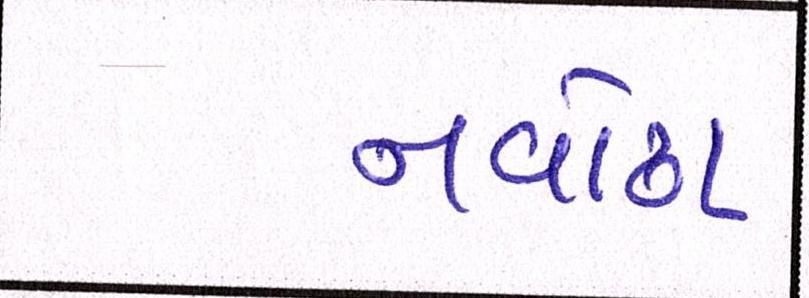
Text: નવોઢા